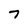
Character: 7